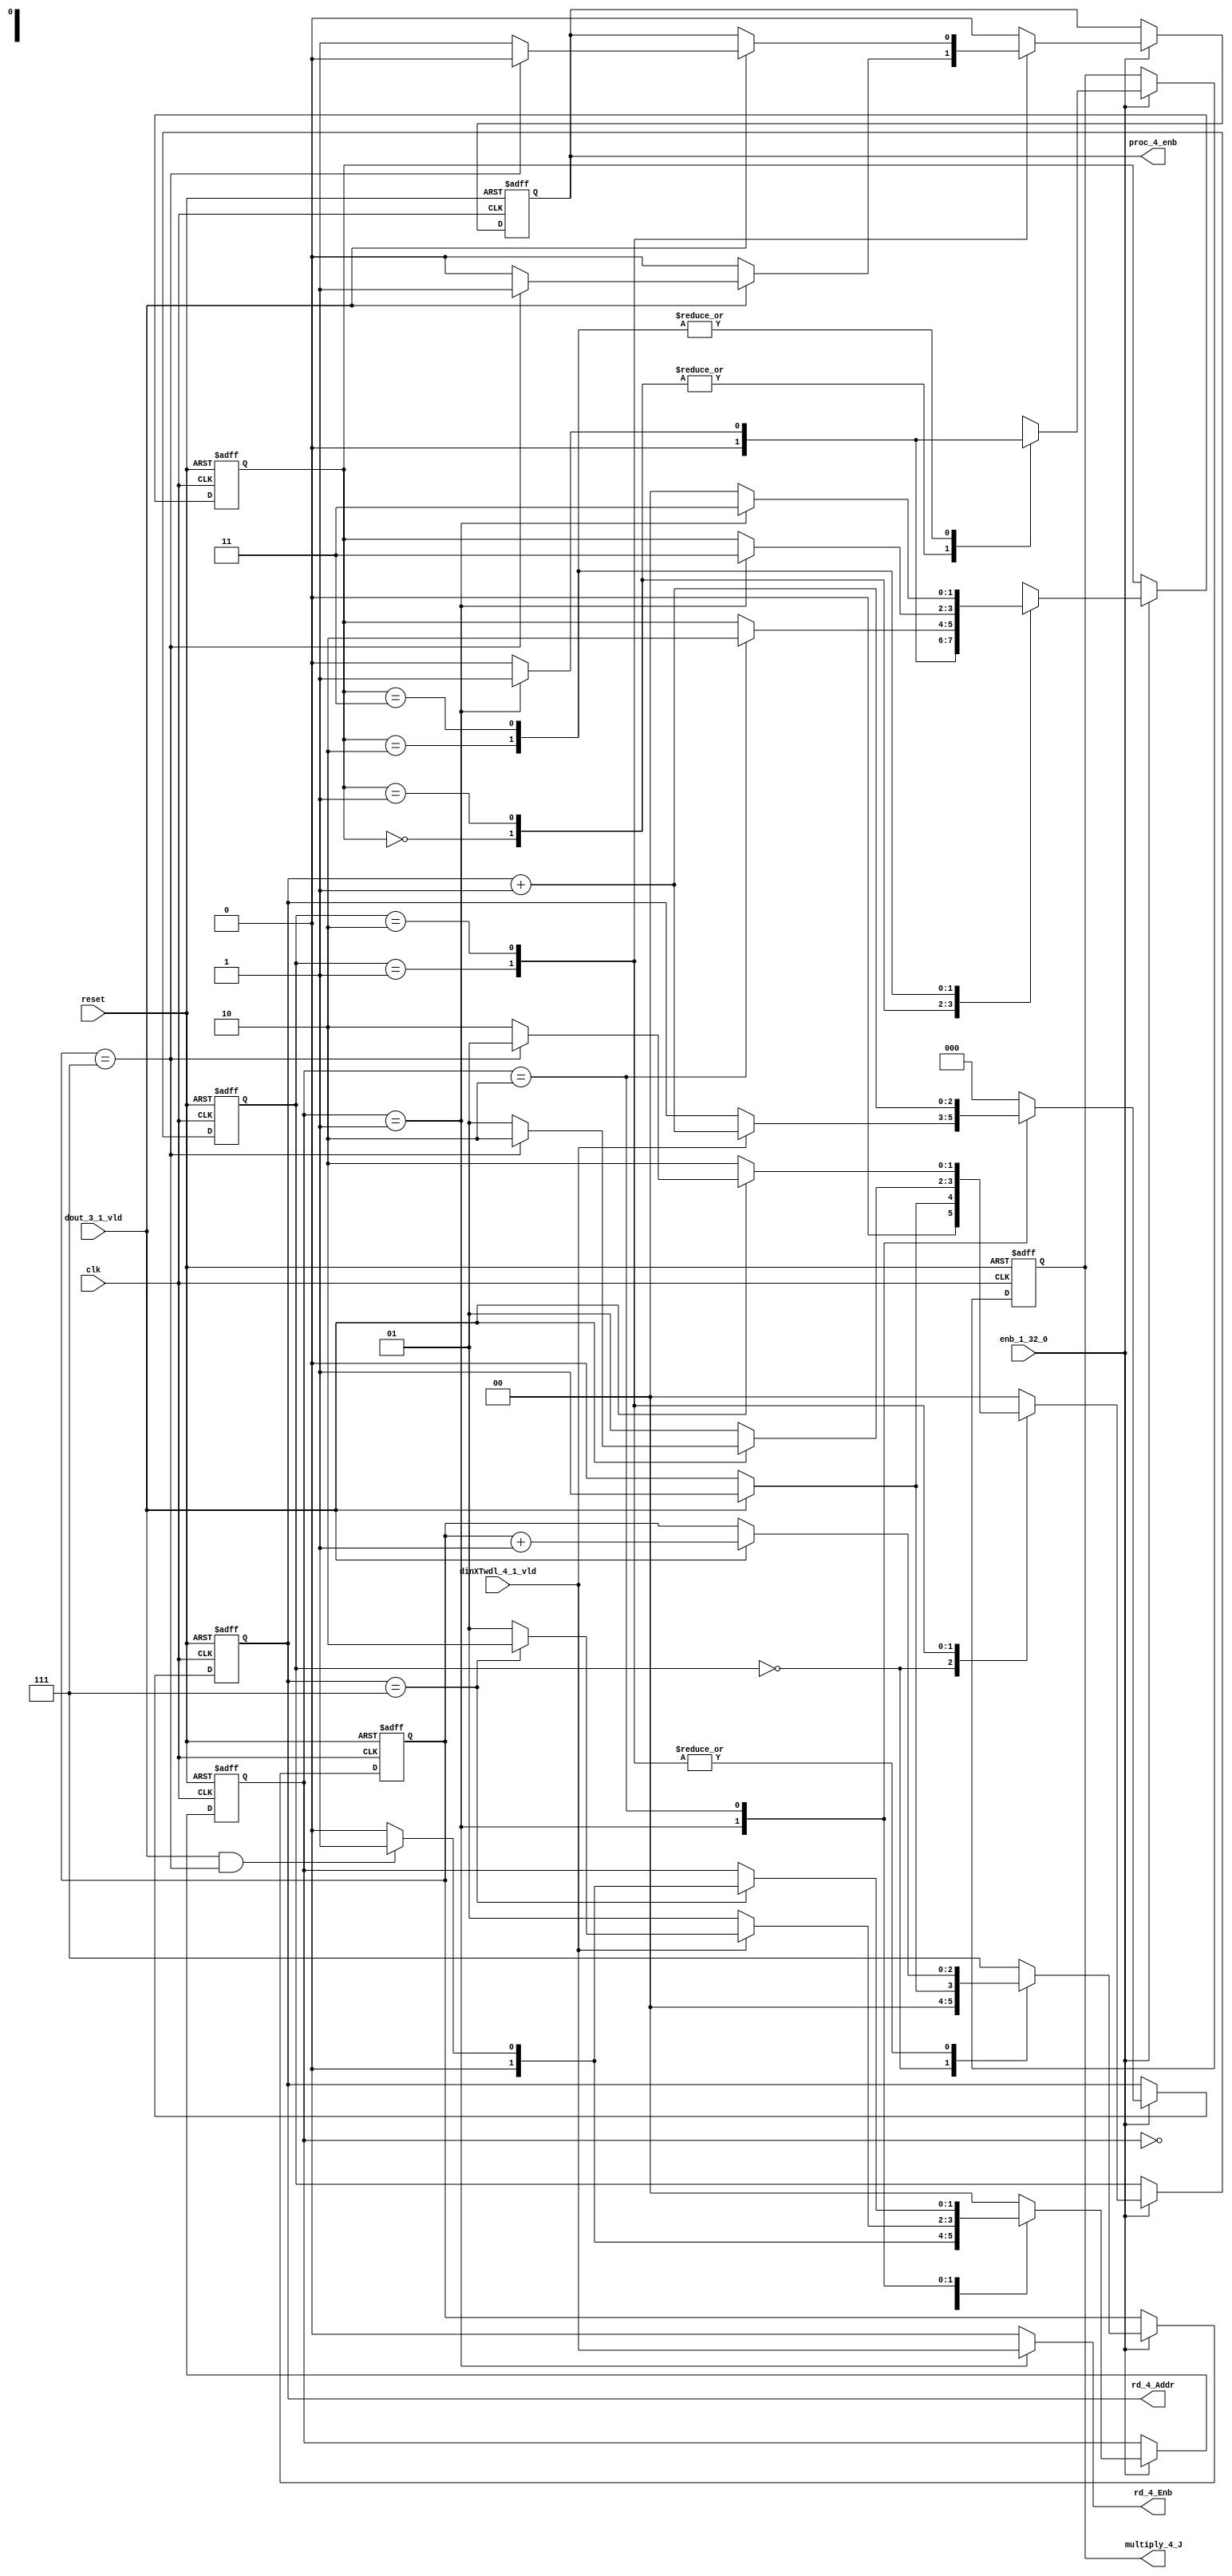
// -------------------------------------------------------------
// 
// 
// Generated by MATLAB 9.13 and HDL Coder 4.0
// 
// -------------------------------------------------------------


// -------------------------------------------------------------
// 
// Module: whdlOFDMTx_RADIX22FFT_CTRL1_4
// Source Path: dsphdl.IFFT/RADIX22FFT_CTRL1_4
// Hierarchy Level: 5
// 
// -------------------------------------------------------------

`timescale 1 ns / 1 ns

module whdlOFDMTx_RADIX22FFT_CTRL1_4
          (clk,
           reset,
           enb_1_32_0,
           dout_3_1_vld,
           dinXTwdl_4_1_vld,
           rd_4_Addr,
           rd_4_Enb,
           proc_4_enb,
           multiply_4_J);


  input   clk;
  input   reset;
  input   enb_1_32_0;
  input   dout_3_1_vld;
  input   dinXTwdl_4_1_vld;
  output  [2:0] rd_4_Addr;  // ufix3
  output  rd_4_Enb;
  output  proc_4_enb;
  output  multiply_4_J;


  reg [2:0] SDFController_wrCount;  // ufix3
  reg [1:0] SDFController_wrState;  // ufix2
  reg [1:0] SDFController_rdState;  // ufix2
  reg [2:0] SDFController_rdAddr_reg;  // ufix3
  reg  SDFController_procEnb_reg;
  reg [1:0] SDFController_multjState;  // ufix2
  reg  SDFController_multiply_J_reg;
  reg [2:0] SDFController_wrCount_next;  // ufix3
  reg [1:0] SDFController_wrState_next;  // ufix2
  reg [1:0] SDFController_rdState_next;  // ufix2
  reg [2:0] SDFController_rdAddr_reg_next;  // ufix3
  reg  SDFController_procEnb_reg_next;
  reg [1:0] SDFController_multjState_next;  // ufix2
  reg  SDFController_multiply_J_reg_next;
  reg [2:0] rd_4_Addr_1;  // ufix3
  reg  rd_4_Enb_1;
  reg  proc_4_enb_1;
  reg  multiply_4_J_1;


  // SDFController
  always @(posedge clk or posedge reset)
    begin : SDFController_process
      if (reset == 1'b1) begin
        SDFController_wrCount <= 3'b000;
        SDFController_rdAddr_reg <= 3'b000;
        SDFController_wrState <= 2'b00;
        SDFController_rdState <= 2'b00;
        SDFController_multjState <= 2'b00;
        SDFController_procEnb_reg <= 1'b0;
        SDFController_multiply_J_reg <= 1'b0;
      end
      else begin
        if (enb_1_32_0) begin
          SDFController_wrCount <= SDFController_wrCount_next;
          SDFController_wrState <= SDFController_wrState_next;
          SDFController_rdState <= SDFController_rdState_next;
          SDFController_rdAddr_reg <= SDFController_rdAddr_reg_next;
          SDFController_procEnb_reg <= SDFController_procEnb_reg_next;
          SDFController_multjState <= SDFController_multjState_next;
          SDFController_multiply_J_reg <= SDFController_multiply_J_reg_next;
        end
      end
    end

  always @(SDFController_multiply_J_reg, SDFController_multjState,
       SDFController_procEnb_reg, SDFController_rdAddr_reg,
       SDFController_rdState, SDFController_wrCount, SDFController_wrState,
       dinXTwdl_4_1_vld, dout_3_1_vld) begin
    SDFController_wrCount_next = SDFController_wrCount;
    SDFController_wrState_next = SDFController_wrState;
    SDFController_rdState_next = SDFController_rdState;
    SDFController_rdAddr_reg_next = SDFController_rdAddr_reg;
    SDFController_procEnb_reg_next = SDFController_procEnb_reg;
    SDFController_multjState_next = SDFController_multjState;
    SDFController_multiply_J_reg_next = SDFController_multiply_J_reg;
    case ( SDFController_multjState)
      2'b00 :
        begin
          SDFController_multjState_next = 2'b00;
          SDFController_multiply_J_reg_next = 1'b0;
          if (SDFController_rdState == 2'b01) begin
            SDFController_multjState_next = 2'b01;
          end
        end
      2'b01 :
        begin
          SDFController_multiply_J_reg_next = 1'b0;
          if (SDFController_rdState == 2'b10) begin
            SDFController_multjState_next = 2'b10;
          end
        end
      2'b10 :
        begin
          SDFController_multiply_J_reg_next = 1'b0;
          if (SDFController_rdState == 2'b01) begin
            SDFController_multjState_next = 2'b11;
            SDFController_multiply_J_reg_next = 1'b1;
          end
        end
      2'b11 :
        begin
          if (SDFController_rdState == 2'b01) begin
            SDFController_multjState_next = 2'b11;
            SDFController_multiply_J_reg_next = 1'b1;
          end
          else begin
            SDFController_multiply_J_reg_next = 1'b0;
            SDFController_multjState_next = 2'b00;
          end
        end
      default :
        begin
          SDFController_multjState_next = 2'b00;
          SDFController_multiply_J_reg_next = 1'b0;
        end
    endcase
    case ( SDFController_rdState)
      2'b00 :
        begin
          SDFController_rdState_next = 2'b00;
          SDFController_rdAddr_reg_next = 3'b000;
          rd_4_Enb_1 = 1'b0;
          if (dout_3_1_vld && (SDFController_wrCount == 3'b111)) begin
            SDFController_rdState_next = 2'b01;
          end
        end
      2'b01 :
        begin
          SDFController_rdState_next = 2'b01;
          rd_4_Enb_1 = dinXTwdl_4_1_vld;
          if (dinXTwdl_4_1_vld) begin
            if (SDFController_rdAddr_reg == 3'b111) begin
              SDFController_rdState_next = 2'b10;
            end
            SDFController_rdAddr_reg_next = SDFController_rdAddr_reg + 3'b001;
          end
        end
      2'b10 :
        begin
          rd_4_Enb_1 = 1'b0;
          if (SDFController_rdAddr_reg == 3'b111) begin
            if (dout_3_1_vld && (SDFController_wrCount == 3'b111)) begin
              SDFController_rdState_next = 2'b01;
            end
            else begin
              SDFController_rdState_next = 2'b00;
            end
          end
          SDFController_rdAddr_reg_next = SDFController_rdAddr_reg + 3'b001;
        end
      default :
        begin
          SDFController_rdState_next = 2'b00;
          SDFController_rdAddr_reg_next = 3'b000;
          rd_4_Enb_1 = 1'b0;
        end
    endcase
    case ( SDFController_wrState)
      2'b00 :
        begin
          SDFController_wrState_next = 2'b00;
          SDFController_wrCount_next = 3'b000;
          SDFController_procEnb_reg_next = 1'b0;
          if (dout_3_1_vld) begin
            SDFController_wrState_next = 2'b01;
            SDFController_wrCount_next = 3'b001;
          end
        end
      2'b01 :
        begin
          SDFController_wrState_next = 2'b01;
          SDFController_procEnb_reg_next = 1'b0;
          if (dout_3_1_vld) begin
            if (SDFController_wrCount == 3'b111) begin
              SDFController_wrState_next = 2'b10;
              SDFController_procEnb_reg_next = 1'b1;
            end
            else begin
              SDFController_wrState_next = 2'b01;
            end
            SDFController_wrCount_next = SDFController_wrCount + 3'b001;
          end
        end
      2'b10 :
        begin
          SDFController_wrState_next = 2'b10;
          if (dout_3_1_vld) begin
            if (SDFController_wrCount == 3'b111) begin
              SDFController_wrState_next = 2'b01;
              SDFController_procEnb_reg_next = 1'b0;
            end
            else begin
              SDFController_wrState_next = 2'b10;
              SDFController_procEnb_reg_next = 1'b1;
            end
            SDFController_wrCount_next = SDFController_wrCount + 3'b001;
          end
        end
      default :
        begin
          SDFController_wrState_next = 2'b00;
          SDFController_wrCount_next = 3'b111;
          SDFController_procEnb_reg_next = 1'b0;
        end
    endcase
    rd_4_Addr_1 = SDFController_rdAddr_reg;
    proc_4_enb_1 = SDFController_procEnb_reg;
    multiply_4_J_1 = SDFController_multiply_J_reg;
  end



  assign rd_4_Addr = rd_4_Addr_1;

  assign rd_4_Enb = rd_4_Enb_1;

  assign proc_4_enb = proc_4_enb_1;

  assign multiply_4_J = multiply_4_J_1;

endmodule  // whdlOFDMTx_RADIX22FFT_CTRL1_4